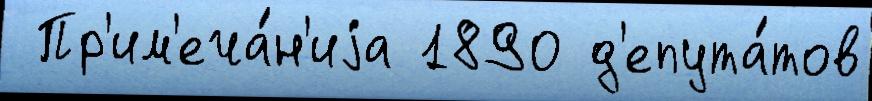
 Пр'им'еча́н'иjа 1890 д'епута́тов